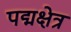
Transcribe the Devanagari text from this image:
पद्मक्षेत्र